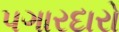
પગારદારો